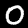
Digit: 0